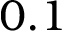
0 . 1